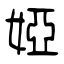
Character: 婭